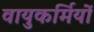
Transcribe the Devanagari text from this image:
वायुकर्मियों